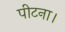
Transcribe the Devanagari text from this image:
पीटना।